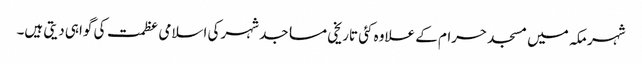
شہر مکہ میں مسجد حرام کے علاوہ کئی تاریخی مساجد شہرکی اسلامی عظمت کی گواہی دیتی ہیں۔